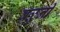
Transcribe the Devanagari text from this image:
वळुनी